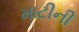
માટીની